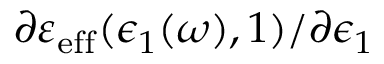
\partial \varepsilon _ { \mathrm { e f f } } ( \epsilon _ { 1 } ( \omega ) , 1 ) / \partial \epsilon _ { 1 }